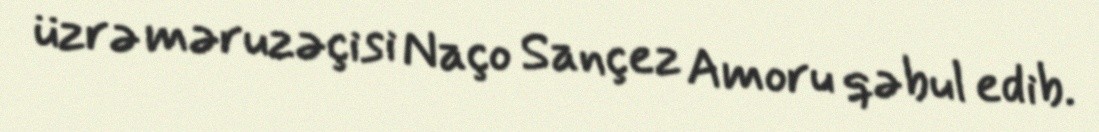
üzrə məruzəçisi Naço Sançez Amoru qəbul edib.